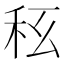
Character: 𥝮